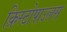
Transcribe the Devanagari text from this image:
क्रिस्टोपाउलस